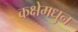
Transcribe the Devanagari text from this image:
कक्षेमधुन